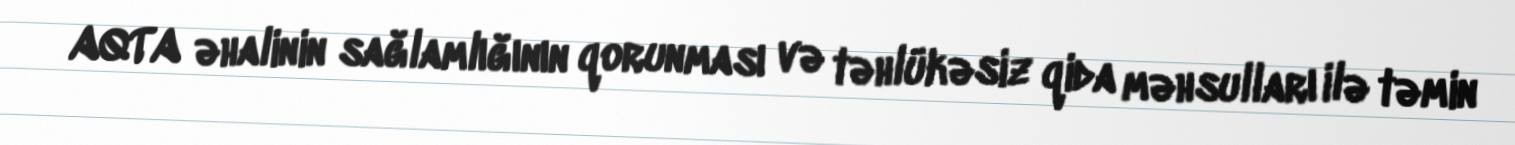
AQTA əhalinin sağlamlığının qorunması və təhlükəsiz qida məhsulları ilə təmin